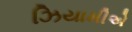
ઝિયામીએ